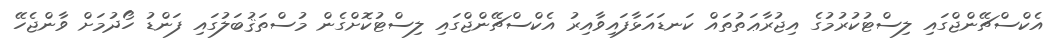
އެކްސްޗޭންޖްގައި ލިސްޓުކުރުމުގެ އިޖުރާޢަތުތައް ކަނޑައަޅާފައިވާއިރު އެކްސްޗޭންޖްގައި ލިސްޓުކޮށްގެން މުސްތަޤުބަލުގައި ފަންޑު ހޯދުމަށް ވާންޖެހޭ